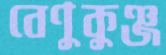
বেণুকুঞ্জ